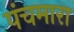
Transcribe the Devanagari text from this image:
पंचमारा